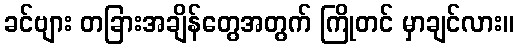
ခင်ဗျား တခြားအချိန်တွေအတွက် ကြိုတင် မှာချင်လား။